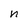
Character: n